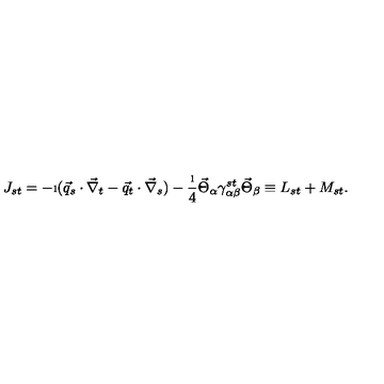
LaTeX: J _ { s t } = - \i ( \vec { q } _ { s } \cdot \vec { \nabla } _ { t } - \vec { q } _ { t } \cdot \vec { \nabla } _ { s } ) - \frac { \i } { 4 } \vec { \Theta } _ { \alpha } \gamma _ { \alpha \beta } ^ { s t } \vec { \Theta } _ { \beta } \equiv L _ { s t } + M _ { s t } . \nonumber